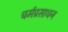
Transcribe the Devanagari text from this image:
चर्मप्रसाधन